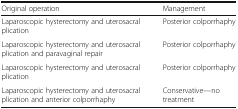
| Original operation | Management |
 | --- | --- |
 | Laparoscopic hysterectomy and uterosacral plication | Posterior colporrhaphy |
 | Laparoscopic hysterectomy and uterosacral plication and paravaginal repair | Posterior colporrhaphy |
 | Laparoscopic hysterectomy and uterosacral plication | Posterior colporrhaphy |
 | Laparoscopic hysterectomy and uterosacral plication and anterior colporrhaphy | Conservative—no treatment |